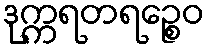
ဒုက္ကရတရဉ္စေဝ